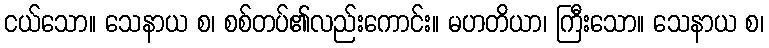
ငယ်သော။ သေနာယ စ၊ စစ်တပ်၏လည်းကောင်း။ မဟတိယာ၊ ကြီးသော။ သေနာယ စ၊